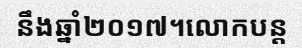
នឹងឆ្នាំ២០១៧។លោកបន្ត